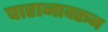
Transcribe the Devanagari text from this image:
पारानावरून